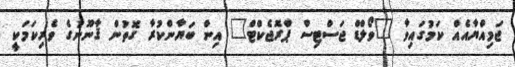
ޖަމިއްޔާއެއް ކަމުގައިވާ "ވޯލްޑް ޖަސްޓިސް ޕްރޮޖެކްޓް" އިން ބަޔާންކުރާ ގޮތުން ޤާނޫނުގެ ވެރިކަމަކީ